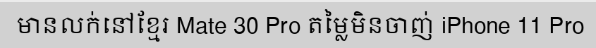
មានលក់នៅខ្មែរ Mate 30 Pro តម្លៃមិនចាញ់ iPhone 11 Pro